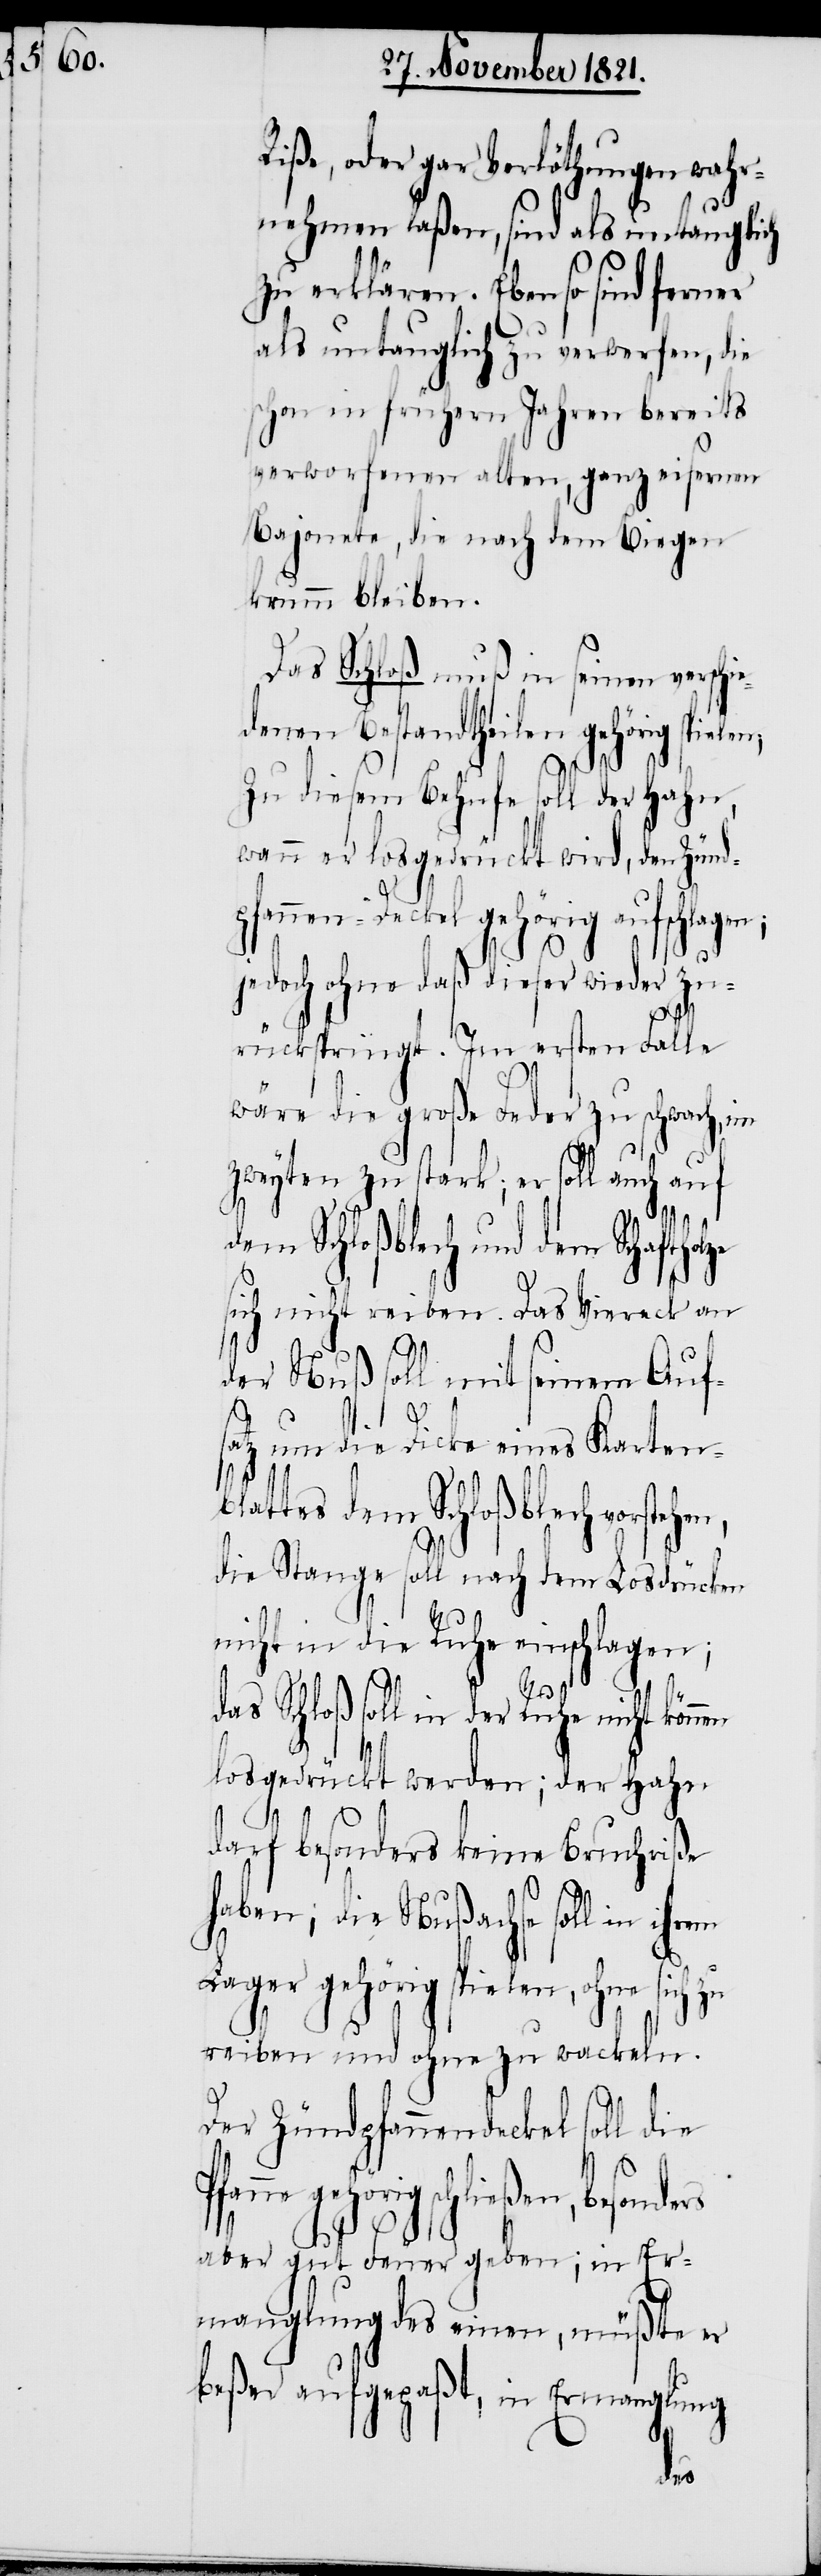
Riße, oder gar Verlöthungen wahr¬
nehmen laßen, sind als untauglich
zu erklären. Ebenso sind ferner
als untauglich zu verwerfen, die
schon in frühern Jahren bereits
verworfenen alten, ganz eisernen
Bajonete, die nach dem Biegen
krumm bleiben.
Das Schloß muß in seinen verschi¬
edenen Bestandtheilen gehörig spielen.
Zu diesem Behufe soll der Hahn,
wenn er losgedrückt wird, den Zünd¬
pfannen-Deckel gehörig aufschlagen;
jedoch ohne daß dieser wieder zu¬
rückspringt. Im ersten Falle
wäre die große Feder zu schwach, im
zweyten zu stark; er soll auch auf
dem Schloßblech und dem Schaftho¬
sich nicht reiben. Das Viereck an
der Nuß soll mit seinem Auf¬
hen,
satz um die Dicke eines Karten¬
blattes dem Schloßblech vorste¬
die Stange soll nach dem Losdrücken
nicht in die Ruhe einschlagen;
das Schloß soll in der Ruhe nicht
losgedrückt werden; der Hahn
darf besonders keine Bruchriße
haben; die Nußachse soll in
Lager gehörig spielen, ohne sich
reiben und ohne zu wackeln.
Der Zündpfannendeckel soll die
gehörig schließen, besonders
aber gut Feuer geben; in Er¬
manglung des einen, müßte er
beßer aufgepaßt, in Ermanglung
lze